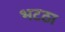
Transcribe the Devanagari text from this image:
भटठा